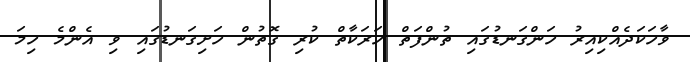
ވާހަކަދެއްކިއިރު ހަންގަނޑުގައި ތުންފަތް ހަރަކާތް ކުރި ގޮތުން ހަށިގަނޑުގައި ވި އެންމެ ހިމަ